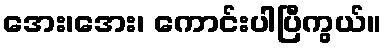
အေး၊အေး၊ ကောင်းပါပြီကွယ်။